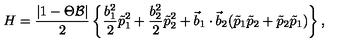
H = \frac { | 1 - \Theta { \cal B } | } { 2 } \left\{ \frac { b _ { 1 } ^ { 2 } } { 2 } \tilde { p } _ { 1 } ^ { 2 } + \frac { b _ { 2 } ^ { 2 } } { 2 } \tilde { p } _ { 2 } ^ { 2 } + { \vec { b } } _ { 1 } \cdot { \vec { b } } _ { 2 } ( \tilde { p } _ { 1 } \tilde { p } _ { 2 } + \tilde { p } _ { 2 } \tilde { p } _ { 1 } ) \right\} ,